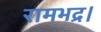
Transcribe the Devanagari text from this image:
रामभद्र।